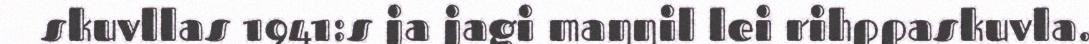
skuvllas 1941:s ja jagi maŋŋil lei rihppaskuvla.